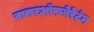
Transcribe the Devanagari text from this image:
वासरऑफबेरेटंग